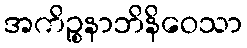
အကိဉ္စနာဘိနိဝေသာ